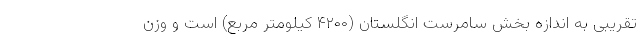
تقریبی به اندازه بخش سامرست انگلستان (۴۲۰۰ کیلومتر مربع) است و وزن